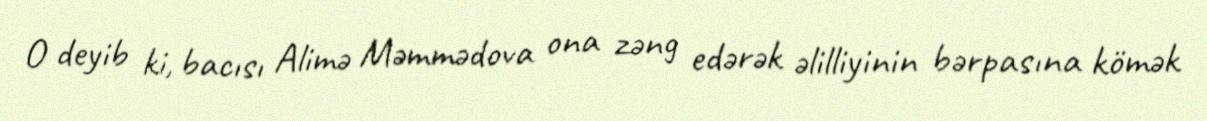
O deyib ki, bacısı Alimə Məmmədova ona zəng edərək əlilliyinin bərpasına kömək